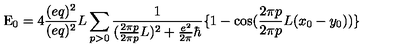
\mathrm { E } _ { 0 } = 4 \frac { ( e q ) ^ { 2 } } { ( e q ) ^ { 2 } } { L } \sum _ { p > 0 } \frac { 1 } { ( \frac { 2 \pi p } { 2 \pi p } { L } ) ^ { 2 } + \frac { e ^ { 2 } } { 2 \pi } \hbar } \{ 1 - \cos ( \frac { 2 \pi p } { 2 \pi p } { L } ( x _ { 0 } - y _ { 0 } ) ) \}